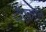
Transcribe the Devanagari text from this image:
टीएफ़एल